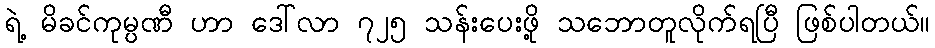
ရဲ့ မိခင်ကုမ္ပဏီ ဟာ ဒေါ်လာ ၇၂၅ သန်းပေးဖို့ သဘောတူလိုက်ရပြီ ဖြစ်ပါတယ်။